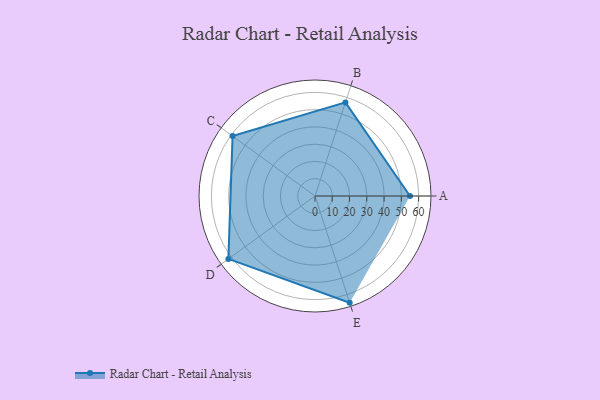
{"axis": {"x": "Skill", "y": "Score"}, "legend": ["Profile"], "data": [{"x": "A", "y": 55.0, "type": "Profile"}, {"x": "B", "y": 57.0, "type": "Profile"}, {"x": "C", "y": 59.0, "type": "Profile"}, {"x": "D", "y": 62.0, "type": "Profile"}, {"x": "E", "y": 65.0, "type": "Profile"}]}